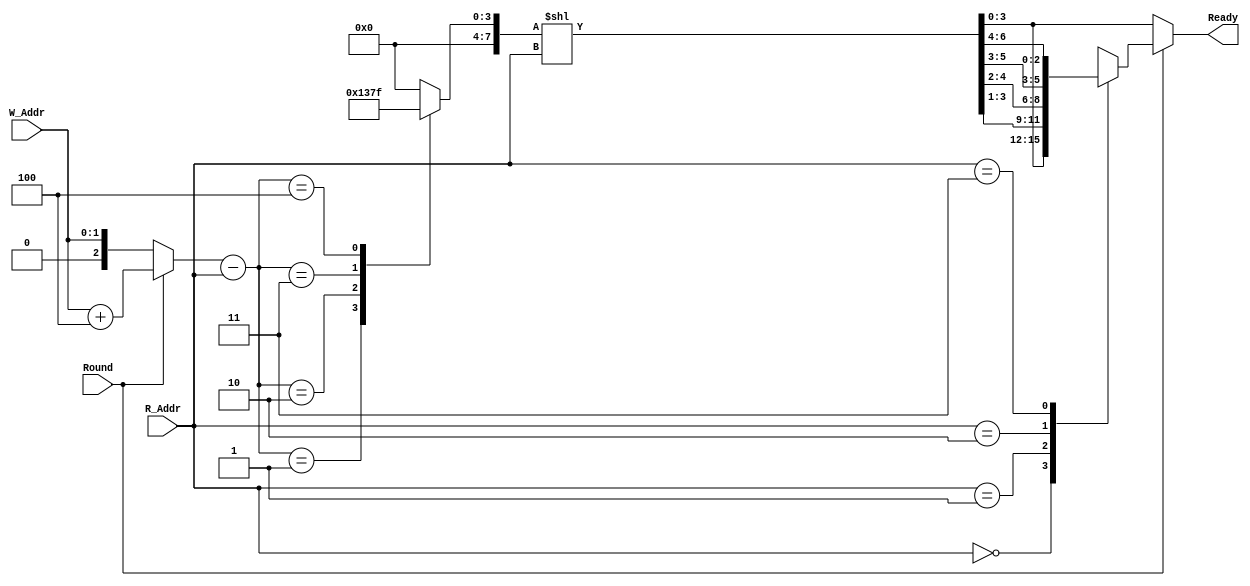
//have some problem when round = 1
//same distance means same pattern
//and the shift operation should be rotate left shift

module Ready_4
    (W_Addr, R_Addr, Round, Ready);

    parameter BufferWidth = 2;
    parameter BufferSize = 4;
    parameter PseudoBufferWidth = 3;
    parameter PseudoBufferSize = 8;

    input [BufferWidth-1:0] W_Addr, R_Addr;
    input Round;

    wire [PseudoBufferWidth-1:0] Pseudo_W_Addr = Round ? W_Addr+4 : W_Addr ;
    wire [PseudoBufferWidth-1:0] Distance = Pseudo_W_Addr - R_Addr;
    reg [PseudoBufferSize-1:0] Pattern;
    reg [PseudoBufferSize-1:0] TmpReady;
    
    output reg [BufferSize-1:0] Ready;
    
    always @(*)begin
        case(Distance)
            0: Pattern = 4'b 0000;
            1: Pattern = 4'b 0001;
            2: Pattern = 4'b 0011;
            3: Pattern = 4'b 0111;
            4: Pattern = 4'b 1111;
            default: Pattern = 4'b 0000;
        endcase
        TmpReady = Pattern << R_Addr;
        if (Round) begin
            //Circular Shift    
            case(R_Addr)
                0: Ready = TmpReady[3:0];
                1: Ready = {TmpReady[3:1],TmpReady[4]};
                2: Ready = {TmpReady[3:2],TmpReady[5:4]};
                3: Ready = {TmpReady[3],TmpReady[6:4]};
                default: Ready = 4'b 0000;
            endcase
        end
        else begin
            Ready = TmpReady;
        end
    end
endmodule